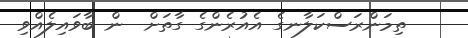
ތިމަންރަސްކަލާނގެ އެއުރެންގެ ގާތަށް  ން ބާވައިލެއްވި